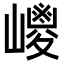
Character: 𡽀